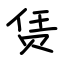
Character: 赁